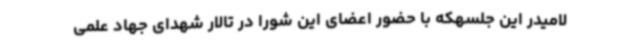
لامیدر این جلسهکه با حضور اعضای این شورا در تالار شهدای جهاد علمی